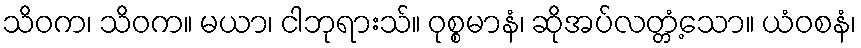
သိဝက၊ သိဝက။ မယာ၊ ငါဘုရားသ်။ ဝုစ္စမာနံ၊ ဆိုအပ်လတ္တံ့သော။ ယံဝစနံ၊